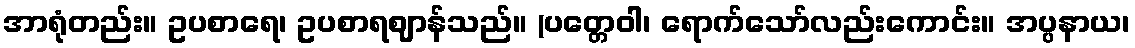
အာရုံတည်း။ ဥပစာရေ၊ ဥပစာရဈာန်သည်။ (ပတ္တေဝါ၊ ရောက်သော်လည်းကောင်း။ အပ္ပနာယ၊